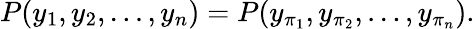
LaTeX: P(y_{1},y_{2},\ldots,y_{n})=P(y_{\pi_{1}},y_{\pi_{2}},\ldots,y_{\pi_{n}}).